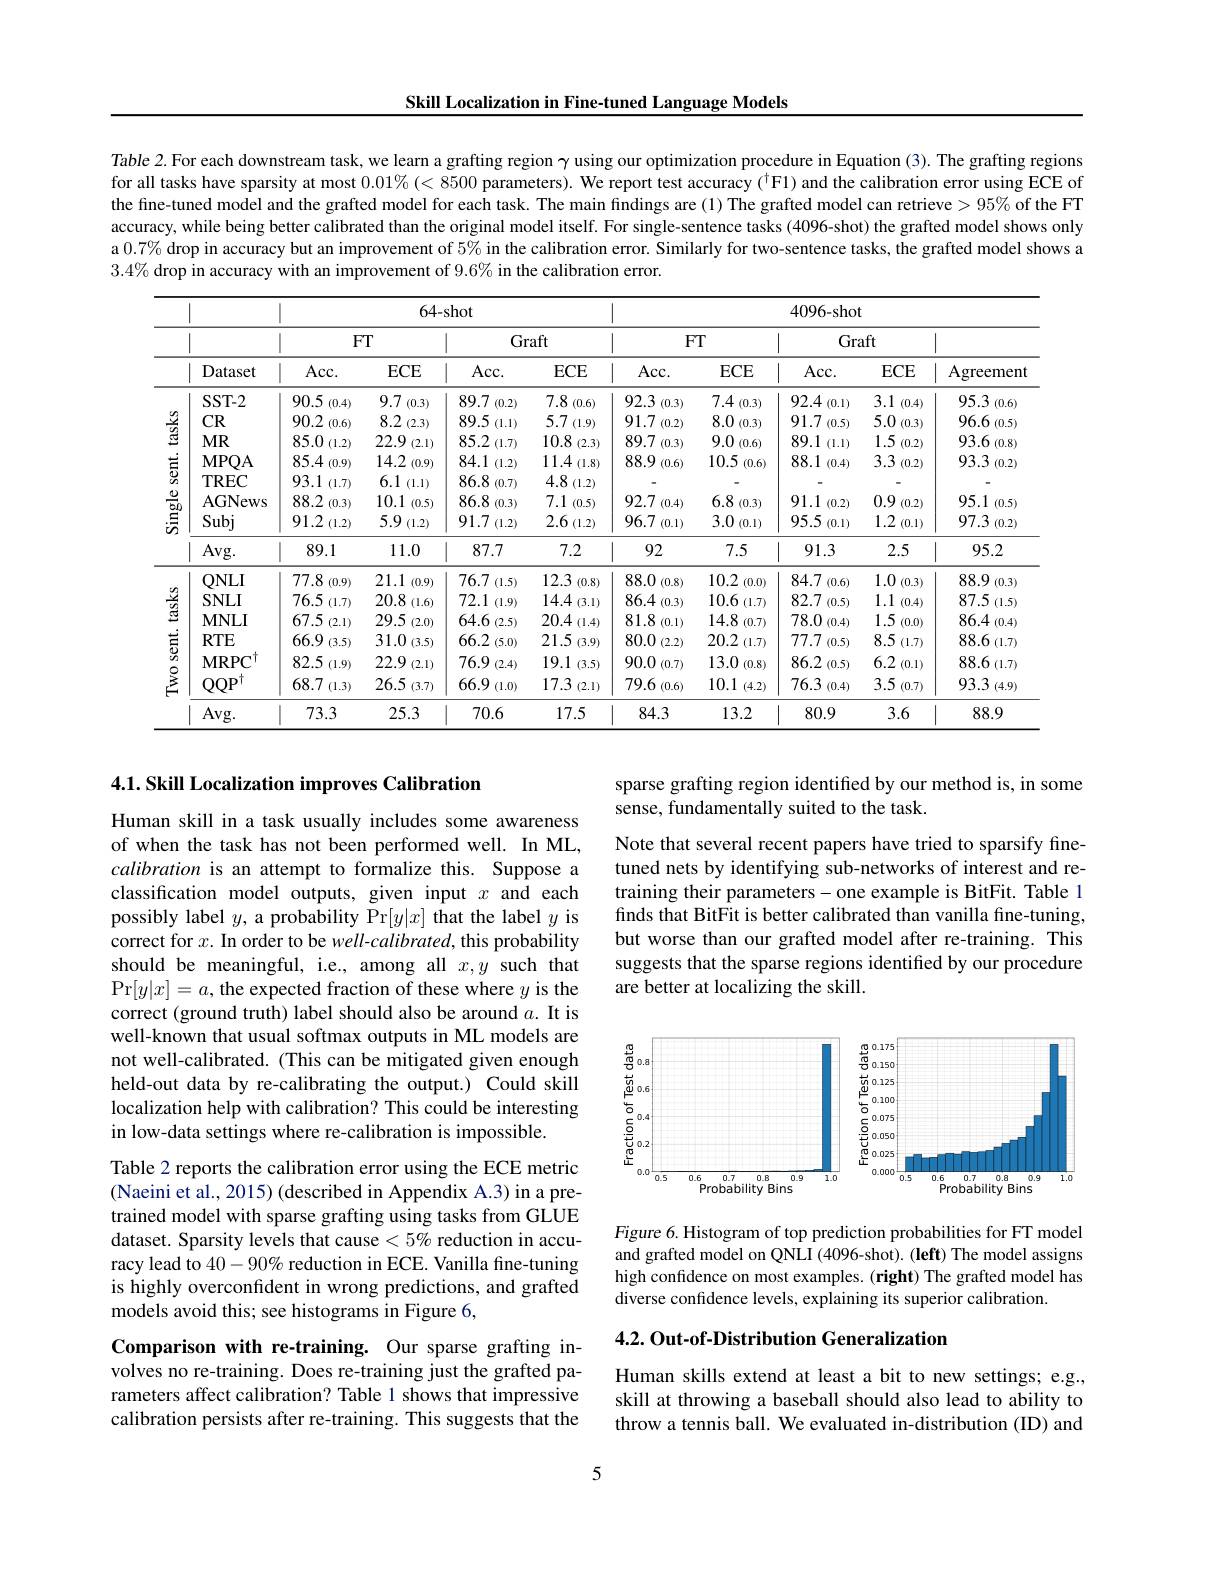
Skill Localization in Fine-tuned Language Models

Table 2. For each downstream task, we learn a grafting region $\gamma$ using our optimization procedure in Equation (3). The grafting regions for all tasks have sparsity at most $0.01\%(<8500$ parameters). We report test accuracy ($^{\dagger}$Fl) and the calibration error using ECE of the fine-tuned model and the grafted model for each task. The main findings are (1) The grafted model can retrieve > 95% of the FT accuracy, while being better calibrated than the original model itself. For single-sentence tasks (4096-shot) the grafted model shows only a $0.7\%$ drop in accuracy but an improvement of 5% in the calibration error. Similarly for two-sentence tasks, the grafted model shows a $3.4\%$ drop in accuracy with an improvement of 9.6% in the calibration error.

<table>
	<tbody>
		<tr>
			<th rowspan="3"> </th>
			<th rowspan="3">Dataset</th>
			<th colspan="4">64-shot</th>
			<th colspan="5">4096- shot</th>
		</tr>
		<tr>
			<th colspan="2">$FT$</th>
			<th colspan="2">Graft</th>
			<th colspan="2">$FT$</th>
			<th colspan="2">Graft</th>
			<th rowspan="2">Agreement</th>
		</tr>
		<tr>
			<th>Acc. </th>
			<th>$ECE$</th>
			<th>Acc. </th>
			<th>$ECE$</th>
			<th>Acc. </th>
			<th>$ECE$</th>
			<th>Acc. </th>
			<th>$ECE$</th>
		</tr>
		<tr>
			<td rowspan="3">$\frac{9}{9}$</td>
			<td>SST- 2</td>
			<td>90.5 (0.4)</td>
			<td>9.7 (0.3)</td>
			<td>89.7 (0.2)</td>
			<td>7.8 (0.6)</td>
			<td>92.3 (0.3)</td>
			<td>7.4 (0.3)</td>
			<td>92.4 (0.1)</td>
			<td>3.1 (0.4)</td>
			<td>95.3 (0.6)</td>
		</tr>
		<tr>
			<td>$CR$</td>
			<td>90.2 (0.6)</td>
			<td>8.2 (2.3)</td>
			<td>89.5 (1.1)</td>
			<td>5.7 (1.9)</td>
			<td>91.7 (0.2)</td>
			<td>8.0 (0.3)</td>
			<td>91.7 (0.5)</td>
			<td>5.0 (0.3)</td>
			<td>96.6 ,f (0.5) 1</td>
		</tr>
		<tr>
			<td>$MR$</td>
			<td>85.0 )(1.2) 1</td>
			<td>22.9 (2.1)</td>
			<td>85.2 (1.7)</td>
			<td>10.8 (2.3)</td>
			<td>89.7 (0.3)</td>
			<td>9.0 (0.6)</td>
			<td>89.1 (1.1)</td>
			<td>1.5 (0.2)</td>
			<td>93.6 (0.8)</td>
		</tr>
		<tr>
			<td rowspan="1">$\begin{array}{cc}{\overlinesegment{5}}\\{\frac{0}{50}}\\{\frac{0}{50}}\end{array}$</td>
			<td>MPQA</td>
			<td>85.4 (0.9)</td>
			<td>14.2 (0.9)</td>
			<td>84.1 (1.2)</td>
			<td>11.4 +(1.8) 、 </td>
			<td>88.9 (0.6)</td>
			<td>10.5 (0.6)</td>
			<td>88.1 (0.4)</td>
			<td>3.3 (0.2)</td>
			<td>93.3 (0.2)</td>
		</tr>
		<tr>
			<td rowspan="4">$\begin{array}{c}{\frac{5}{50}}\\{\frac{50}{50}}\\{\frac{50}{50}}\end{array}$</td>
			<td>$TREC$</td>
			<td>93.1 (1.7)</td>
			<td>6.1 (1.1)</td>
			<td>86.8 (0.7)</td>
			<td>4.8 (1.2)</td>
			<td> </td>
			<td> </td>
			<td> </td>
			<td> </td>
			<td> </td>
		</tr>
		<tr>
			<td>AGNews</td>
			<td>88.2 (0.3)</td>
			<td>10.1 (0.5)</td>
			<td>86.8 (0.3)</td>
			<td>7.1 (0.5)</td>
			<td>92.7 (0.4)</td>
			<td>6.8 (0.3)</td>
			<td>91.1 (0.2)</td>
			<td>0.9 (0.2)</td>
			<td>95.1 (0.5)</td>
		</tr>
		<tr>
			<td>Subj</td>
			<td>91.2 (1.2)</td>
			<td>5.9 (1.2)</td>
			<td>91.7 (1.2)</td>
			<td>2.6 (1.2)</td>
			<td>96.7 (0.1)</td>
			<td>3.0 (0.1)</td>
			<td>95.5 (0.1)</td>
			<td>1.2 (0.1)</td>
			<td>97.3 (0.2)</td>
		</tr>
		<tr>
			<td>Avg. </td>
			<td>89.1 1 1</td>
			<td>11.0</td>
			<td>87.7</td>
			<td>7.2</td>
			<td>11 92</td>
			<td>7.5</td>
			<td>91.3 1</td>
			<td>2.5</td>
			<td>95.2</td>
		</tr>
		<tr>
			<td rowspan="3">$\frac{\frac{2}{2}}{\frac{2}{2}}$</td>
			<td>$QNLI$</td>
			<td>77.8 (0.9)</td>
			<td>21.1 (0.9)</td>
			<td>76.7 (1.5)</td>
			<td>12.3 (0.8)</td>
			<td>88.0 (0.8)</td>
			<td>10.2 (0.0)</td>
			<td>84.7 (0.6)</td>
			<td>1.0 (0.3)</td>
			<td>88.9 (0.3)</td>
		</tr>
		<tr>
			<td>$SNLI$</td>
			<td>76.5 (1.7)</td>
			<td>20.8 3(1.6)</td>
			<td>72.1 (1.9)</td>
			<td>14.4 (3.1)</td>
			<td>86.4 (0.3)</td>
			<td>10.6 (1.7)</td>
			<td>82.7 (0.5)</td>
			<td>1.1 (0.4)</td>
			<td>87.5 (1.5)</td>
		</tr>
		<tr>
			<td>$\mathbf{MNLI}$</td>
			<td>67.5 (2.1)</td>
			<td>29.5 (2.0)</td>
			<td>$64.6_{(2.5)}$</td>
			<td>20.4 (1.4)</td>
			<td>81.8 (0.1)</td>
			<td>14.8 (0.7)</td>
			<td>78.0 (0.4)</td>
			<td>1.5 (0.0)</td>
			<td>86.4 (0.4)</td>
		</tr>
		<tr>
			<td rowspan="2">$\underset{0}{\operatorname*{\operatorname*{\operatorname*{\operatorname*{S}}}}}$</td>
			<td>$RTE$</td>
			<td>66.9 (3.5)</td>
			<td>31.0 (3.5)</td>
			<td>66.2 (5.0)</td>
			<td>21.5 (3.9)</td>
			<td>80.0 (2.2)</td>
			<td>20.2 (1.7)</td>
			<td>77.7 (0.5)</td>
			<td>8.5 $\tilde{\text{)}}(1.7)$</td>
			<td>88.6 (1.7)</td>
		</tr>
		<tr>
			<td>$MRPC$ 1 $\frac{1}{2}=\frac{1}{2}=\frac{1}{2}$</td>
			<td>82.5 (1.9)</td>
			<td>22.9 (2.1)</td>
			<td>76.9 (2.4)</td>
			<td>19.1 (3.5)</td>
			<td>90.0 (0.7)</td>
			<td>13.0 (0.8)</td>
			<td>86.2 (0.5)</td>
			<td>6.2 (0.1)</td>
			<td>88.6 (1.7)</td>
		</tr>
		<tr>
			<td rowspan="2">TWOSe</td>
			<td>$\mathrm{QQP}^{\dagger}$</td>
			<td>68.7 (1.3)</td>
			<td>26.5 (3.7)</td>
			<td>66.9 (1.0)</td>
			<td>17.3 (2.1) 1 </td>
			<td>79.6 (0.6)</td>
			<td>10.1 (4.2)</td>
			<td>76.3 (0.4)</td>
			<td>3.5 (0.7)</td>
			<td>93.3 (4.9)</td>
		</tr>
		<tr>
			<td>Avg. </td>
			<td>73.3</td>
			<td>25.3</td>
			<td>70.6</td>
			<td>17.5</td>
			<td>84.3</td>
			<td>13.2</td>
			<td>80.9</td>
			<td>3.6</td>
			<td>88.9</td>
		</tr>
	</tbody>
</table>

4.1. Skill Localization improves Calibration

sparse grafting region identified by our method is, in some
sense, fundamentally suited to the task.

Note that several recent papers have tried to sparsify finetuned nets by identifying sub-networks of interest and retraining their parameters-one example is BitFit. Table 1 finds that BitFit is better calibrated than vanilla fine-tuning, but worse than our grafted model after re-training. This suggests that the sparse regions identified by our procedure are better at localizing the skill.

Human skill in a task usually includes some awareness of when the task has not been performed well. In ML, calibration is an attempt to formalize this. Suppose a classification model outputs, given input $x$ and each possibly label $y$, a probability Pr$[y|x]$ that the label $y$ is correct for $x.$ In order to be well-calibrated, this probability should be meaningful, i.e., among all $x,y$ such that $\Pr[y|x]=a$, the expected fraction of these where $y$ is the correct (ground truth) label should also be around $a.$ It is well-known that usual softmax outputs in ML models are not well-calibrated. (This can be mitigated given enough held-out data by re-calibrating the output.) Could skill localization help with calibration? This could be interesting in low-data settings where re-calibration is impossible.

<FigureHere>

Table 2 reports the calibration error using the ECE metric (Naeini et al., 2015) (described in Appendix A.3) in a pretrained model with sparse grafting using tasks from GLUE dataset. Sparsity levels that cause $<5\%$ reduction in accuracy lead to $40-90\%$ reduction in ECE. Vanilla fine-tuning is highly overconfdent in wrong predictions, and grafted models avoid this; see histograms in Figure 6,

Figure 6. Histogram of top prediction probabilities for FT model and grafted model on QNLI (4096-shot). (left) The model assigns high confidence on most examples. (right) The grafted model has diverse confidence levels, explaining its superior calibration.

## 4.2. Out-of-Distribution Generalization

Comparison with re-training. Our sparse grafting involves no re-training. Does re-training just the grafted parameters affect calibration? Table 1 shows that impressive calibration persists after re-training. This suggests that the

Human skills extend at least a bit to new settings; e.g., skill at throwing a baseball should also lead to ability to throw a tennis ball. We evaluated in-distribution (ID) and

5